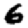
Digit: 6